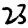
Digit: 2